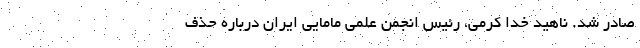
صادر شد. ناهید خدا کرمی، رئیس انجمن علمی مامایی ایران درباره حذف